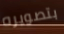
بتصويره